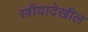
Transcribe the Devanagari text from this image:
स्त्रीयादेखील